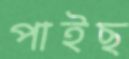
পাইছ